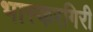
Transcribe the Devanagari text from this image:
भास्करगिरी